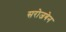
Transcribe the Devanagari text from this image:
सरोजबेन